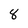
Character: 8